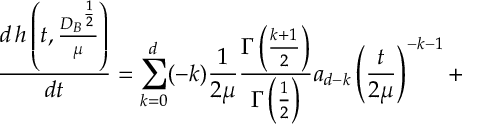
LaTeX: \frac { d \, h \left( t , \frac { { D _ { B } } ^ { \frac 1 2 } } { \mu } \right) } { d t } = \sum _ { k = 0 } ^ { d } ( - k ) \frac { 1 } { 2 \mu } \frac { \Gamma \left( \frac { k + 1 } 2 \right) } { \Gamma \left( \frac 1 2 \right) } a _ { d - k } \left( \frac { t } { 2 \mu } \right) ^ { - k - 1 } +